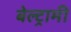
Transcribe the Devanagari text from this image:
बेल्ट्रामी